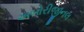
અબોરીજીનલ